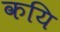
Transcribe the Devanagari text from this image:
कयि